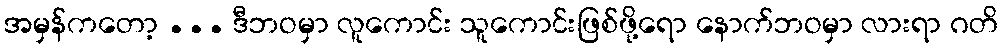
အမှန်ကတော့ ... ဒီဘဝမှာ လူကောင်း သူကောင်းဖြစ်ဖို့ရော နောက်ဘဝမှာ လားရာ ဂတိ